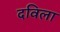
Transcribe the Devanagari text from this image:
दविला